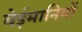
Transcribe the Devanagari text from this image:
बेईमानियों